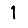
Digit: 1